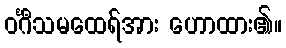
ဝင်္ဂီသမထေရ်အား ဟောထား၏။